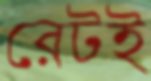
রেটই